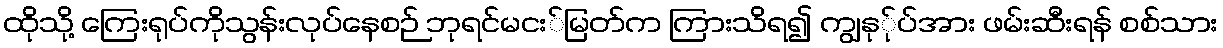
ထိုသို့ ကြေးရုပ်ကိုသွန်းလုပ်နေစဉ် ဘုရင်မငး်မြတ်က ကြားသိရ၍ ကျွနု်ုပ်အား ဖမ်းဆီးရန် စစ်သား